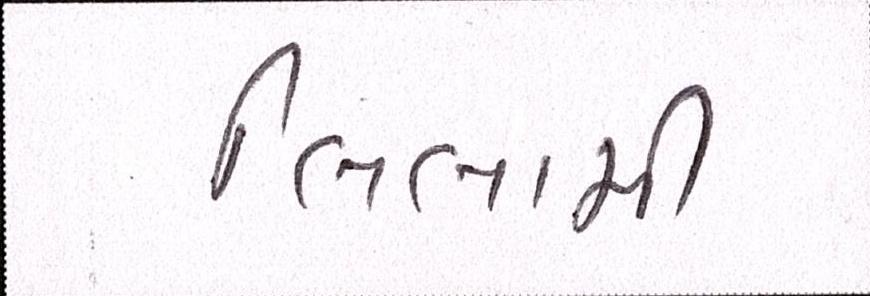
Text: લિલામી